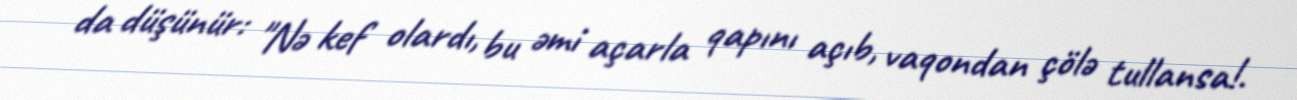
da düşünür: "Nə kef olardı, bu əmi açarla qapını açıb, vaqondan çölə tullansa!.